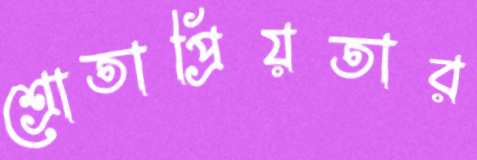
শ্রোতাপ্রিয়তার